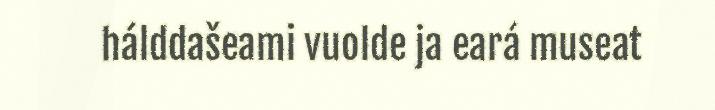
hálddašeami vuolde ja eará museat